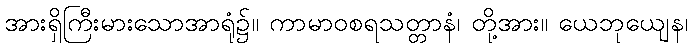
အားရှိကြီးမားသောအာရုံ၌။ ကာမာဝစရသတ္တာနံ၊ တို့အား။ ယေဘုယျေန၊